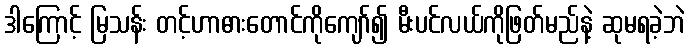
ဒါကြောင့် မြသန်း တင့်ဟာဓားတောင်ကိုကျော်၍ မီးပင်လယ်ကိုဖြတ်မည်နဲ့ ဆုမရခဲ့ဘဲ